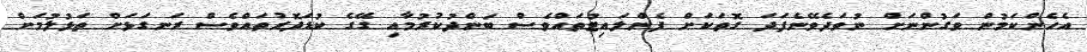
އެހެންކަމުން ވަގުންނަށް ނުވަދެވޭނެފަދަ ގޮތަކަށް ފެންލައިޓުތައްވެސް ބަންދުކުރުމާއި ގޭގެ ކުޑަދޮރުތައްވެސް ރަނގަޅަށް ތަޅުލުމަށް